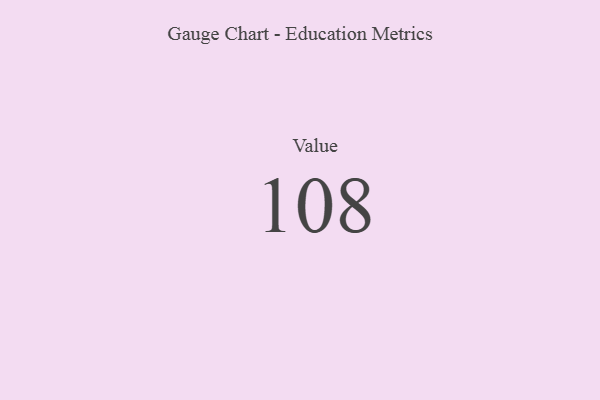
{"axis": {"x": "Metric", "y": "Value"}, "legend": [""], "data": [{"x": "Value", "y": 108, "type": ""}]}